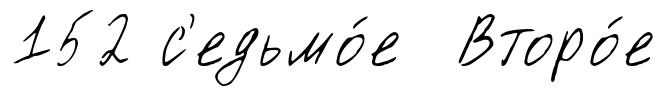
152 с'едьмо́е Второ́е